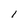
Character: 1